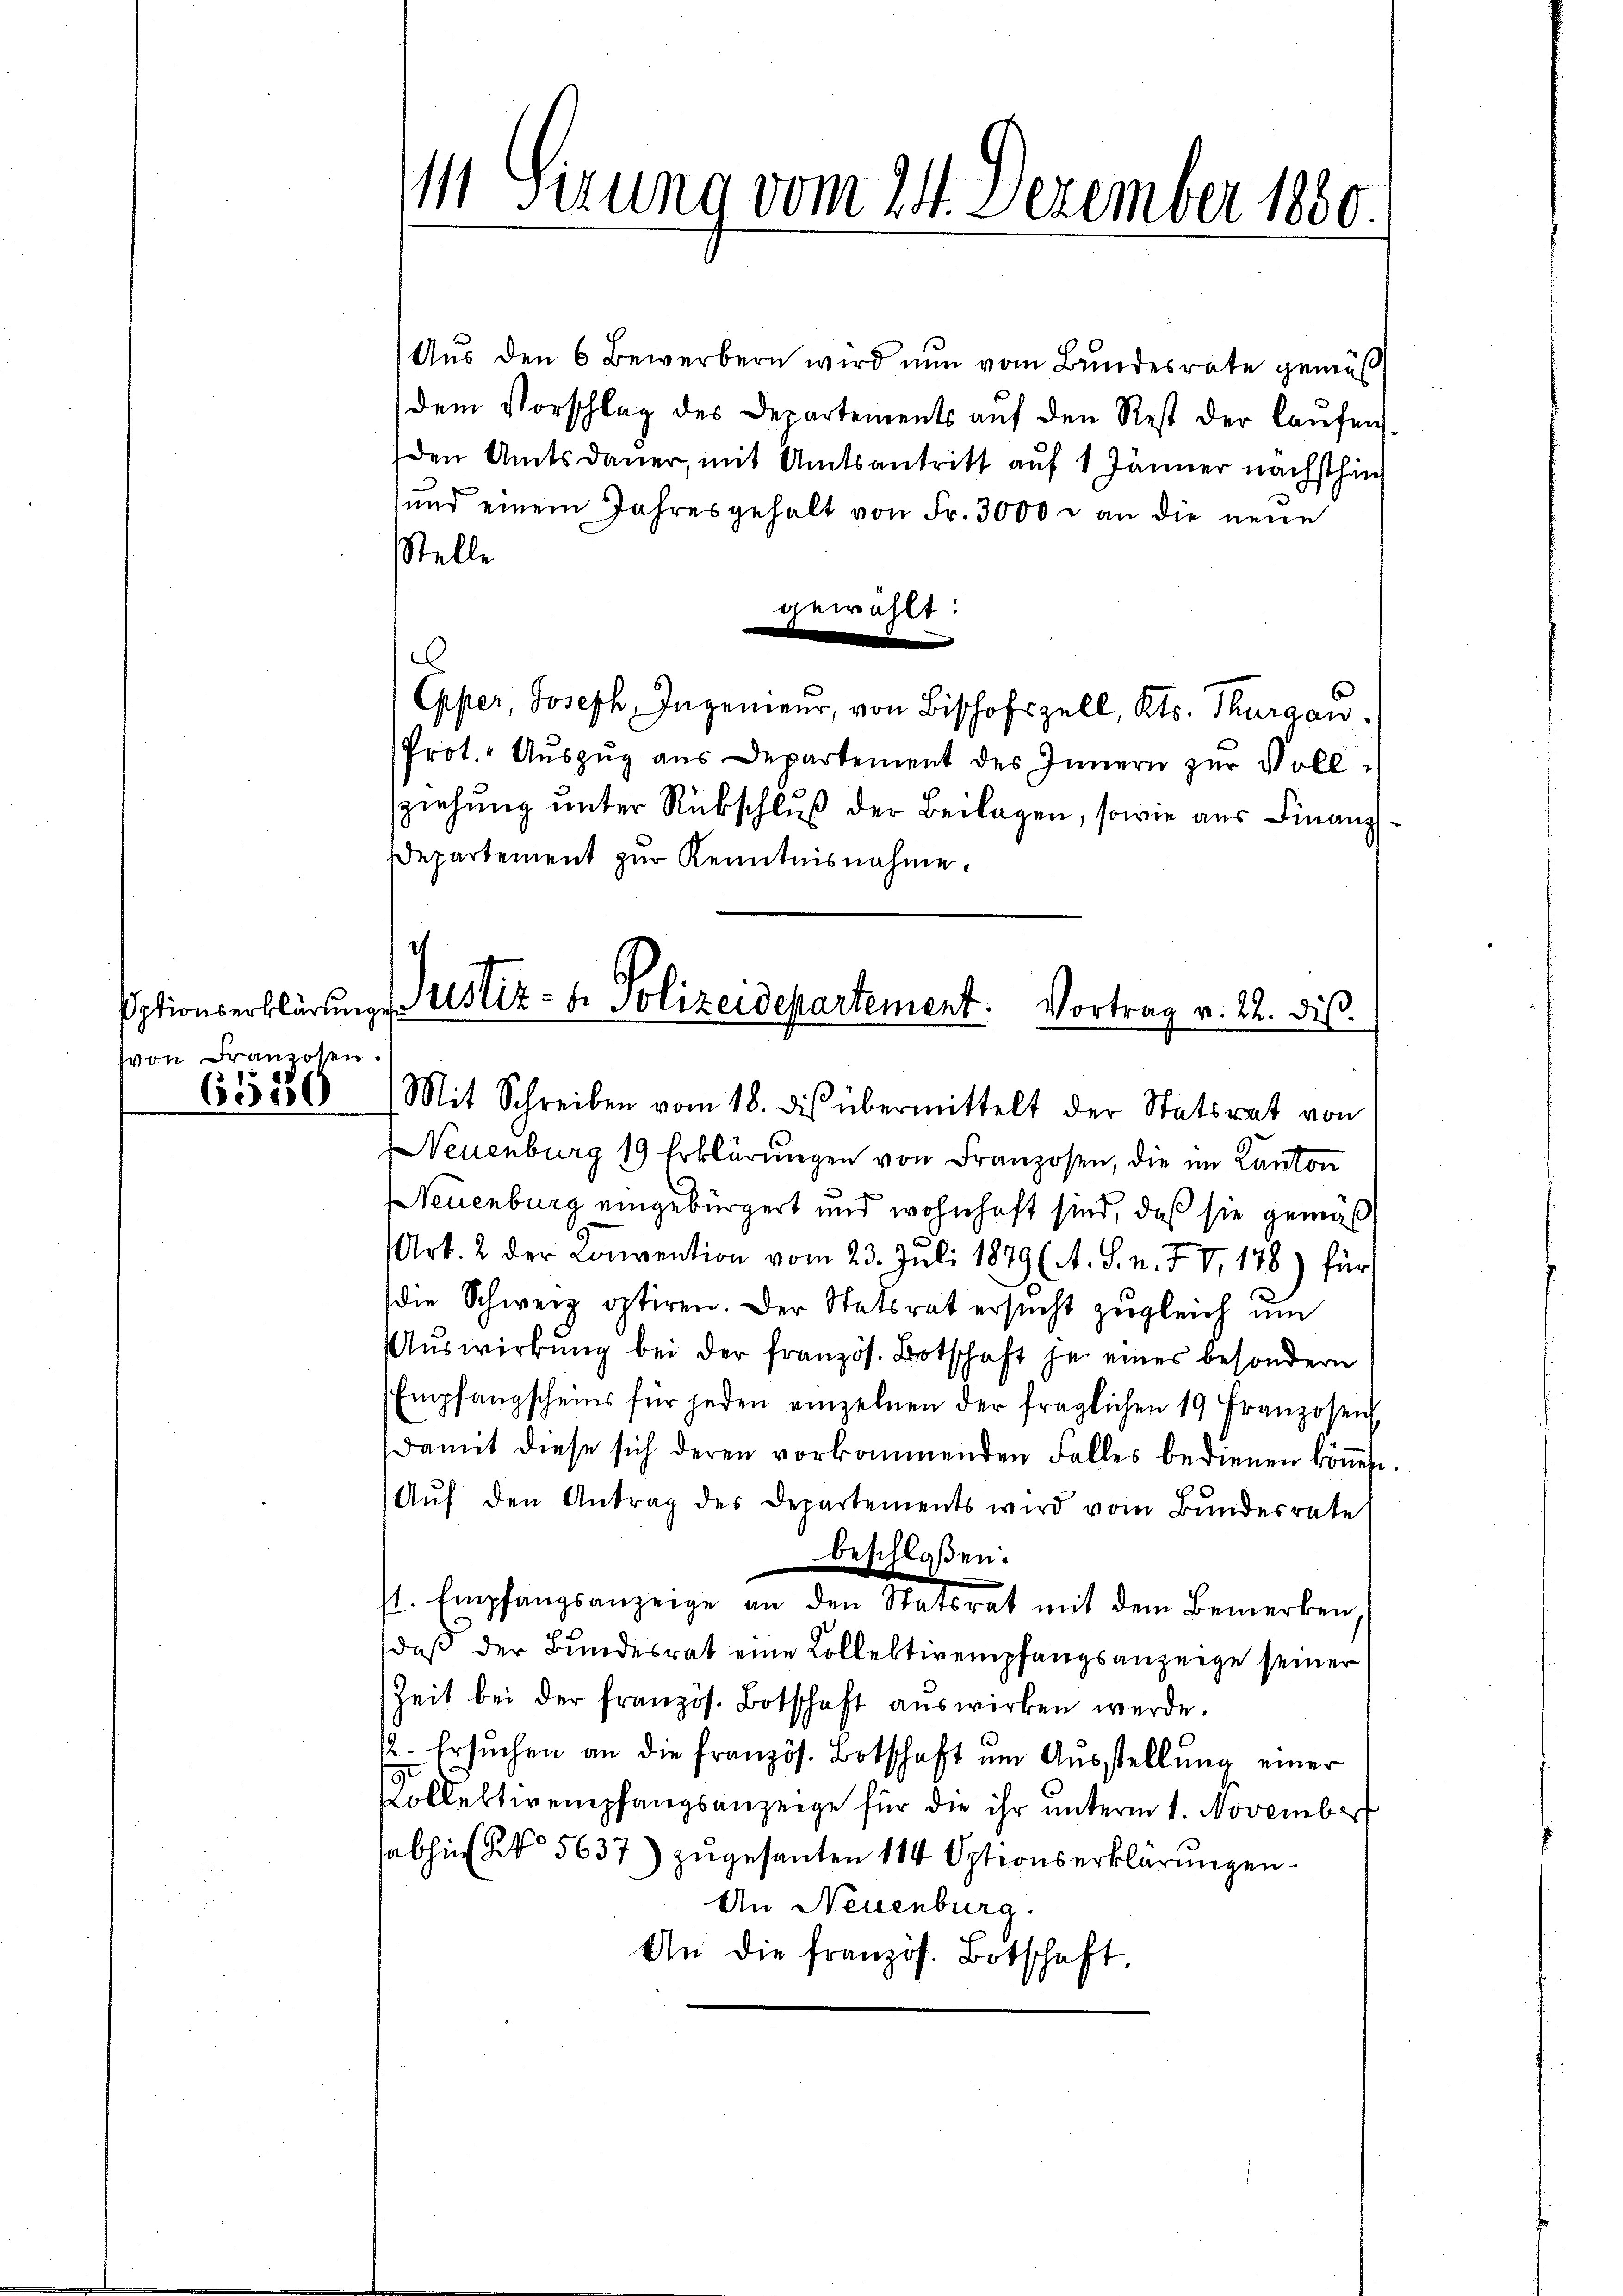
Sptionserklärung
von Franzosen.
6589

M Sirung vom 24. Dezember 1880.

Aus den 6 Bewerbern wird nun vom Bundesrate gemäß
dem Vorschlag des Departements aŭf den Rest der laŭfen
den Amtsdauer, mit Amtsantritt auf 1 Jänner nächsthin
und einem Jahresgehalt von Fr. 3000 u. an die neue
Stelle
gewählt:
.
Opper, Joseph Ingenieur, von Bischofszell, Kts. Thurgau.
Prot. Aŭszŭg aŭs Departement des Innern zur Vollziehung unter Rükschluß der Beilagen, sowie aus Finanz¬
Departement zur Kenntnisnahme.
Mit Schreiben vom 18. ds übermittelt der Statsrat von
Neuenburg 19 Erklärŭngen von Franzosen, die im Kanton
Neuenburg eingebürgert und wohnhaft sind, daß sie gemäß
Art. 2 der Convention vom 23. Juli 1879 (A. S. n. F. V, 178) für
die Schweiz optiren. Der Statsrat ersŭcht zŭgleich um
Auswirkung bei der französ. Botschaft je eines besondern
Empfangscheins für jeden einzelnen der fraglichen 19 Franzosen
damit diese sich deren vorkommenden Falles bedienen köṅen.
Aŭf den Antrag des Departements wird vom Bundesrate
beschloßen:
s
1. Empfangsanzeige an den Statsrat mit dem Bemerken,
daß der Bundesrat eine Collektivempfangsanzeige seiner
Zeit bei der französ. Botschaft auswirken werde.
12. Ersuchen an die französ. Botschaft um Ausstellung einer
9.
Collektivempfangsanzeige für die ihr unterm 1. November
sabhin No 5637) zugesanten 114 Optionserklärungen.
An Neuenburg.
An die französ. Botschaft.

Justiz- & Polizeidepartement. Vortrag v. 22. dies